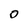
Character: 0